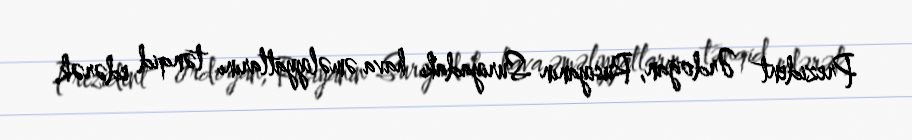
Prezident Ərdoğan, Rusiyanın Suriyadakı hava əməliyyatlarını tənqid edərək,